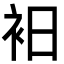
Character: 衵